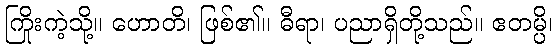
ကြိုးကဲ့သို့။ ဟောတိ၊ ဖြစ်၏။ ဓီရာ၊ ပညာရှိတို့သည်။ ဧတမ္ပိ၊